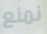
نمنع